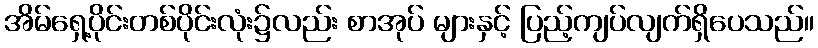
အိမ်ရှေ့ပိုင်းတစ်ပိုင်းလုံး၌လည်း စာအုပ် များနှင့် ပြည့်ကျပ်လျက်ရှိပေသည်။